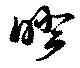
睽